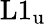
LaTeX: \mathrm{L}1_{\mathrm u}